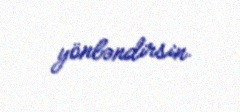
yönləndirsin.